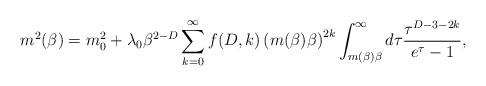
LaTeX: \begin{align*}\ m^{2}(\beta)=m^{2}_{0}+\lambda_{0}\beta^{2-D}\sum^{\infty}_{k=0}f(D,k)\left(m(\beta)\beta\right)^{2k}\int^{\infty}_{m(\beta)\beta}d\tau\frac{\tau^{D-3-2k}}{e^{\tau}-1},\end{align*}